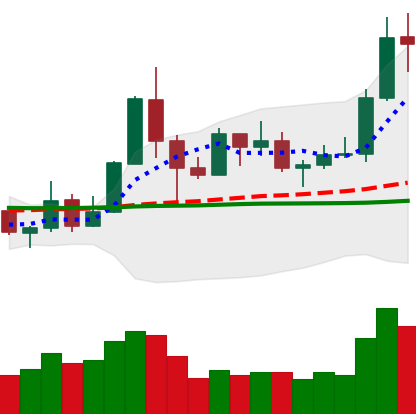
Ticker: TRX-USD
Chart end date: 2019-05-28
Forward return: 10.788%
Label: up_7plus